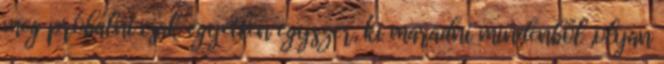
meg próbálni csak egyetlen egyszer, ki maradni mindenből ,olyan